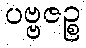
ပဗ္ဗဇဉ္စ